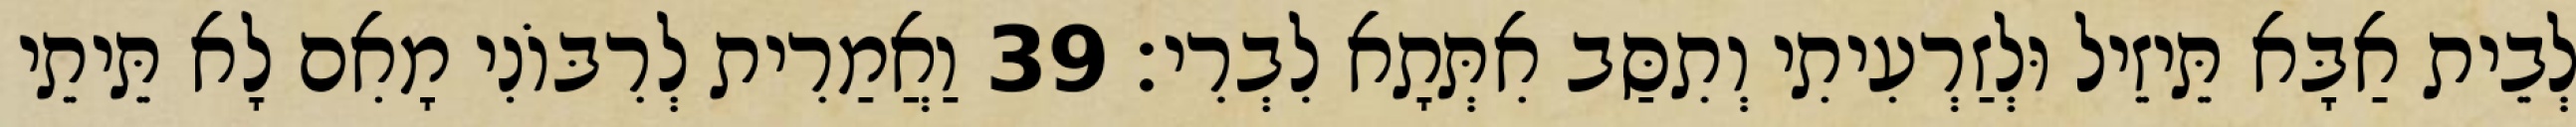
לְבֵית אַבָּא תֵּיזֵיל וּלְזַרְעִיתִי וְתִסַּב אִתְּתָא לִבְרִי׃ 39 וַאֲמַרִית לְרִבּוֹנִי מָאִם לָא תֵּיתֵי